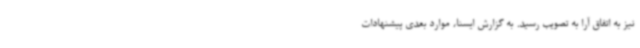
نیز به اتفاق آرا به تصویب رسید. به گزارش ایسنا، موارد بعدی پیشنهادات